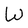
Character: W